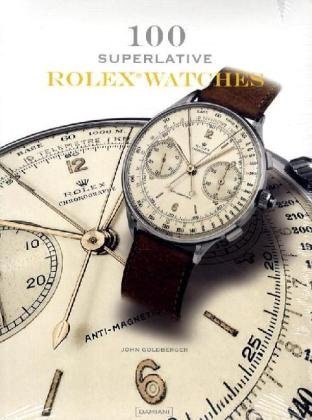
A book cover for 100 Superlative Rolex Watches; Giampiero Negretti; Crafts, Hobbies & Home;